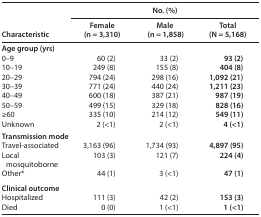
<table><thead><tr><td rowspan="2"><b>Characteristic</b></td><td colspan="3"><b>No. (%)</b></td></tr><tr><td><b>Female (n = 3,310)</b></td><td><b>Male (n = 1,858)</b></td><td><b>Total (N = 5,168)</b></td></tr></thead><tbody><tr><td colspan="4"><b>Age group (yrs)</b></td></tr><tr><td>0–9</td><td>60 (2)</td><td>33 (2)</td><td>93 (2)</td></tr><tr><td>10–19</td><td>249 (8)</td><td>155 (8)</td><td>404 (8)</td></tr><tr><td>20–29</td><td>794 (24)</td><td>298 (16)</td><td>1,092 (21)</td></tr><tr><td>30–39</td><td>771 (24)</td><td>440 (24)</td><td>1,211 (23)</td></tr><tr><td>40–49</td><td>600 (18)</td><td>387 (21)</td><td>987 (19)</td></tr><tr><td>50–59</td><td>499 (15)</td><td>329 (18)</td><td>828 (16)</td></tr><tr><td>≥60</td><td>335 (10)</td><td>214 (12)</td><td>549 (11)</td></tr><tr><td>Unknown</td><td>2 (&lt;1)</td><td>2 (&lt;1)</td><td>4 (&lt;1)</td></tr><tr><td colspan="4"><b>Transmission mode</b></td></tr><tr><td>Travel-associated</td><td>3,163 (96)</td><td>1,734 (93)</td><td>4,897 (95)</td></tr><tr><td>Local mosquitoborne</td><td>103 (3)</td><td>121 (7)</td><td>224 (4)</td></tr><tr><td>Other*</td><td>44 (1)</td><td>3 (&lt;1)</td><td>47 (1)</td></tr><tr><td colspan="4"><b>Clinical outcome</b></td></tr><tr><td>Hospitalized</td><td>111 (3)</td><td>42 (2)</td><td>153 (3)</td></tr><tr><td>Died</td><td>0 (0)</td><td>1 (&lt;1)</td><td>1 (&lt;1)</td></tr></tbody></table>